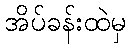
အိပ်ခန်းထဲမှ